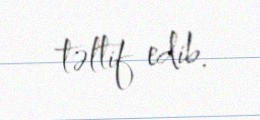
təltif edib.